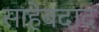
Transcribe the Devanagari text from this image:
साहेबदाद